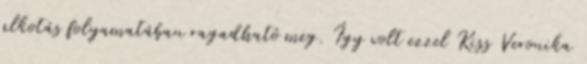
alkotás folyamatában ragadható meg. Így volt ezzel Kiss Veronika